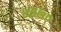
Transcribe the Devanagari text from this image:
४३७०